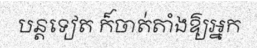
បន្តទៀត ក៏ចាត់តាំងឱ្យអ្នក